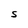
Character: S